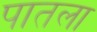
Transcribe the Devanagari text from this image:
पातला